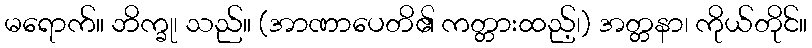
မရောက်။ ဘိက္ခု၊ သည်။ (အာဏာပေတိ၏ ကတ္တားထည့်၊) အတ္တနာ၊ ကိုယ်တိုင်။